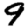
Digit: 9